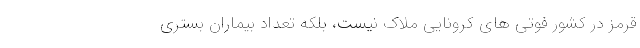
قرمز در کشور فوتی های کرونایی ملاک نیست، بلکه تعداد بیماران بستری